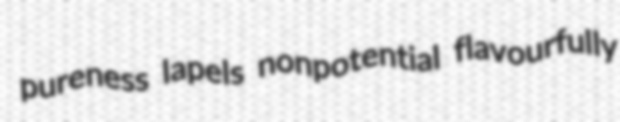
pureness lapels nonpotential flavourfully